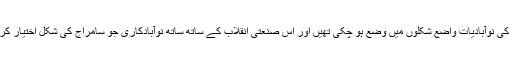
دوسرے صنعتی انقلاب ( لگ بھگ 1870ء تا 20 صدی کا اوائل ) کے وقوع پذیر ہوتے ہوتے ان سب کی نوآبادیات واضع شکلوں میں وضع ہو چکی تھیں اور اس صنعتی انقلاب کے ساتھ ساتھ نوآبادکاری جو سامراج کی شکل اختیار کر چکی تھی افریقہ کی بندر بانٹ تک آ پہنچی جس میں بلجئیم ، اٹلی اور جرمنی بھی شامل ہو گئے تھے ۔